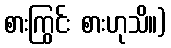
စားကြွင်း စားဟုသိ။)